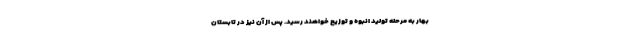
بهار به مرحله تولید انبوه و توزیع خواهند رسید. پس از آن نیز در تابستان